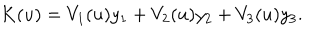
K ( u ) = V _ { 1 } ( u ) y _ { 1 } + V _ { 2 } ( u ) y _ { 2 } + V _ { 3 } ( u ) y _ { 3 } .